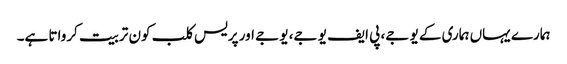
ہمارے یہاں ہماری کے یو جے، پی ایف یو جے، یو جے اور پریس کلب کون تربیت کرواتا ہے۔